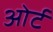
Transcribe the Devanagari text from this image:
ओर्ट